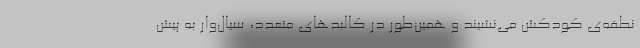
نطفه‌ی کودکش می‌نشیند و همین‌طور در کالبدهای متعدد، سیال‌وار به پیش